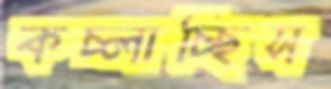
কচ্‌লাচ্ছিস